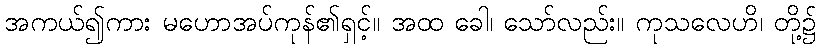
အကယ်၍ကား မဟောအပ်ကုန်၏ရှင့်။ အထ ခေါ၊ သော်လည်း။ ကုသလေဟိ၊ တို့၌